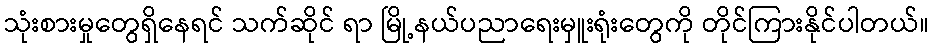
သုံးစားမှုတွေရှိနေရင် သက်ဆိုင် ရာ မြို့နယ်ပညာရေးမှူးရုံးတွေကို တိုင်ကြားနိုင်ပါတယ်။